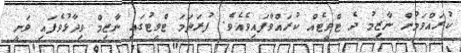
ކުރައްވަމުން ނާޒިމު ދެ ޓްވީޓެއް ކުރައްވާފައިވެއެވެ. ފުރަތަމަ ޓްވީޓުގައި ނާޒިމް ވިދާޅުވެފައި ވަނީ